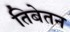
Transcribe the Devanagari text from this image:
तिबेतन